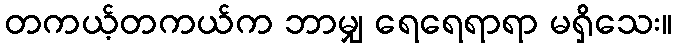
တကယ့်တကယ်က ဘာမျှ ရေရေရာရာ မရှိသေး။